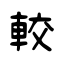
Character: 較